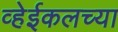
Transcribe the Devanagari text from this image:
व्हेईकलच्या